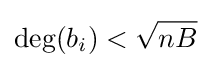
\deg(b_{i})<{\sqrt {nB}}